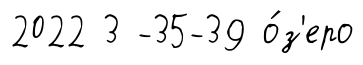
2022 3 -35-39 о́з'еро